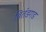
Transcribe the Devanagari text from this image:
वितंडगड